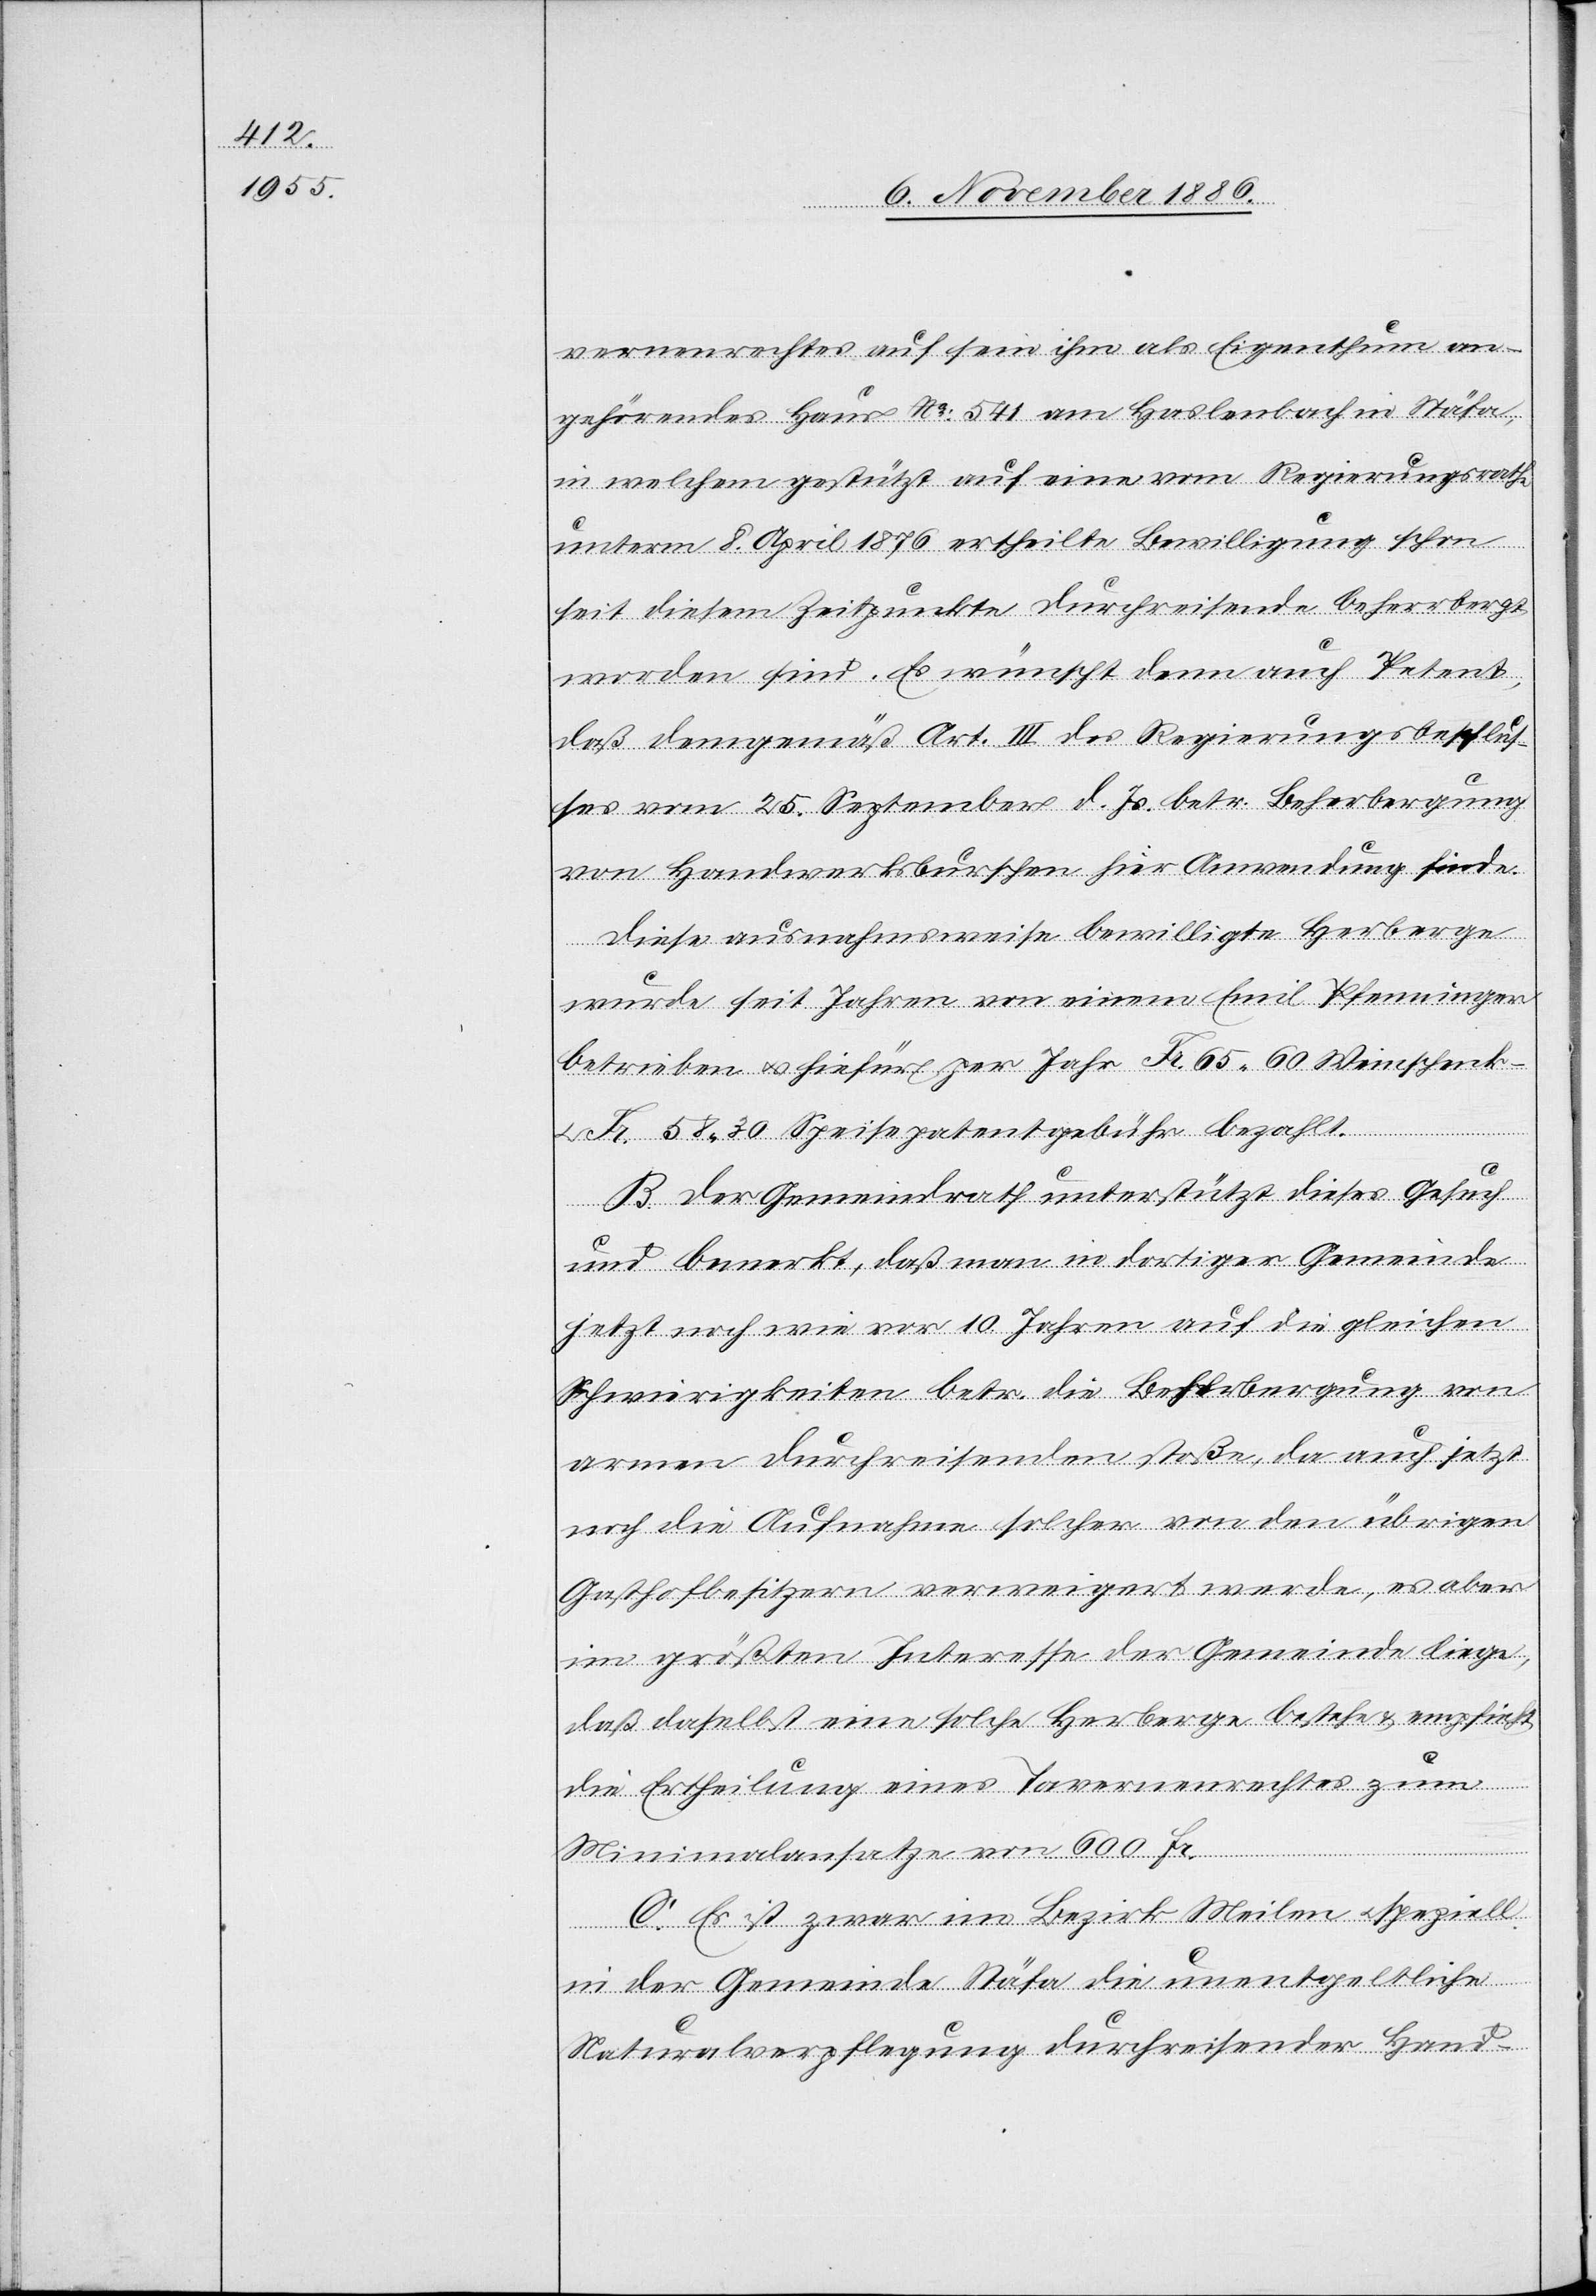
vernenrechtes auf sein ihm als Eigenthum an¬
gehörendes Haus No: 541 am Haslenbach in Stäfa,
in welchem gestützt auf eine vom Regierungsrathe
unterm 8. April 1876 ertheilte Bewilligung schon
seit diesem Zeitpunkte Durchreisende beherrbergt
worden sind. Es wünscht denn auch Petent,
daß demgemäß Art. III des Regierungsbeschlus¬
ses vom 25. September d. Js. betr. Beherbergung
von Handwerksburschen hier Anwendung finde.
Diese ausnahmsweise bewilligte Herberge
wurde seit Jahren von einem Emil Pfenninger
betrieben & hiefür per Jahr Fr. 65 60 Weinschenk-
Fr. 58 30 Speisepatentgebühr bezahlt.
B. Der Gemeindrath unterstützt dieses Gesuch
und bemerkt, daß man in dortiger Gemeinde
jetzt noch wie vor 10 Jahren auf die gleichen
Schwierigkeiten betr. die Beherbergung von
armen Durchreisenden stoße, da auch jetzt
noch die Aufnahme solchen von den übrigen
Gasthofbesitzern verweigert werde, es aber
im größten Interesse der Gemeinde liege,
daß daselbst eine solche Herberge bestehe & empfiehlt
die Ertheilung eines Tavernenrechtes zum
Minimalansatze von 600 Fr.
C. Es ist zwar im Bezirk Meilen & speziell
in der Gemeinde Stäfa die unentgeltliche
Naturalverpflegung durchreisender Hand-